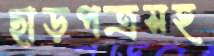
ছাড়পত্রসহ